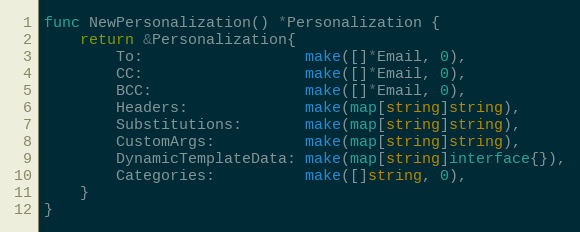
Language: Go
func NewPersonalization() *Personalization {
	return &Personalization{
		To:                  make([]*Email, 0),
		CC:                  make([]*Email, 0),
		BCC:                 make([]*Email, 0),
		Headers:             make(map[string]string),
		Substitutions:       make(map[string]string),
		CustomArgs:          make(map[string]string),
		DynamicTemplateData: make(map[string]interface{}),
		Categories:          make([]string, 0),
	}
}